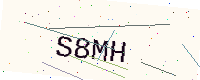
Text: S8MH